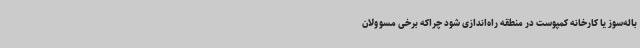
باله‌سوز یا کارخانه کمپوست در منطقه راه‌اندازی شود چراکه برخی مسوولان